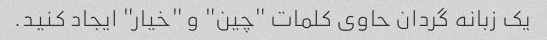
یک زبانه گردان حاوی کلمات "چین" و "خیار" ایجاد کنید.